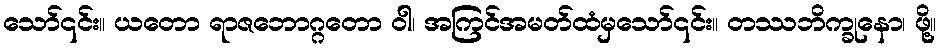
သော်၎င်း။ ယတော ရာဇဘောဂ္ဂတော ဝါ၊ အကြင်အမတ်ထံမှသော်၎င်း။ တဿဘိက္ခုနော၊ ဖို့။